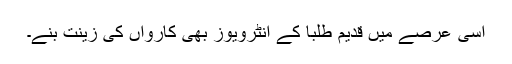
اسی عرصے میں قدیم طلبا کے انٹرویوز بھی کارواں کی زینت بنے۔